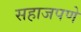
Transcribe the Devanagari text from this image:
सहाजपणे